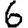
Digit: 6